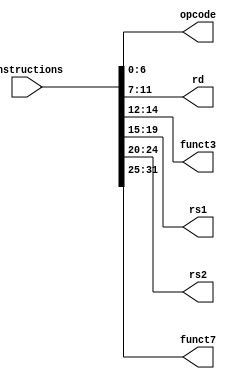
`timescale 1ns / 1ps

module instruction_parser(
    input [31:0] instructions,
    output [6:0] opcode,
    output [4:0] rd,
    output [2:0] funct3,
    output [4:0] rs1,
    output [4:0] rs2,
    output [6:0] funct7  
    );
    
    assign opcode = instructions[6:0];
    assign rd = instructions[11:7];
    assign funct3 = instructions[14:12];
    assign rs1 = instructions[19:15];
    assign rs2 = instructions[24:20];
    assign funct7 = instructions[31:25];
    
endmodule